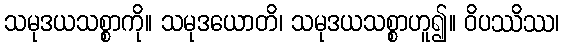
သမုဒယသစ္စာကို။ သမုဒယောတိ၊ သမုဒယသစ္စာဟူ၍။ ဝိပဿိဿ၊